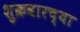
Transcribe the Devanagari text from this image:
शुक्रवारच्या